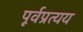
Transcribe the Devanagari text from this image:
पूर्वप्रत्यय